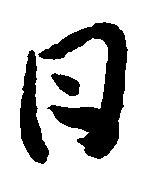
日